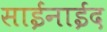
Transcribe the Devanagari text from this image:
साईंनाईद